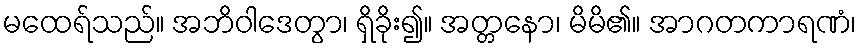
မထေရ်သည်။ အဘိဝါဒေတွာ၊ ရှိခိုး၍။ အတ္တနော၊ မိမိ၏။ အာဂတကာရဏံ၊